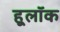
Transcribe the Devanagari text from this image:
हूलॉक